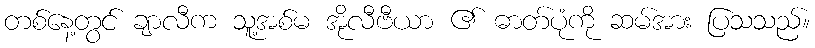
တစ်နေ့တွင် ချာလီက သူ့အစ်မ အိုလီဗီယာ ၏ ဓာတ်ပုံကို ဆမ်အား ပြသသည်။